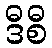
ဒီစီ